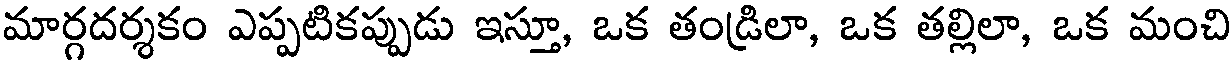
మార్గదర్శకం ఎప్పటికప్పుడు ఇస్తూ, ఒక తండ్రిలా, ఒక తల్లిలా, ఒక మంచి